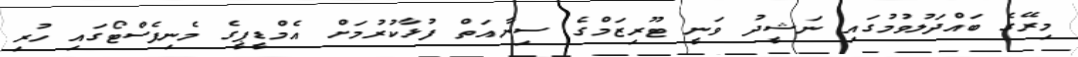
މިރޭގެ ބައްދަލުވުމުގައި ނަޝީދު ވަނީ ޓޫރިޒަމްގެ ސިނާއަތް ފުޅާކުރުމަށް އެމްޑީޕީގެ މެނިފެސްޓޯގައި ހުރި